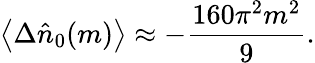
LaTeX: \big<\Delta\hat{n}_{0}(m)\big>\approx-\frac{160\pi^{2}m^{2}}{9}.